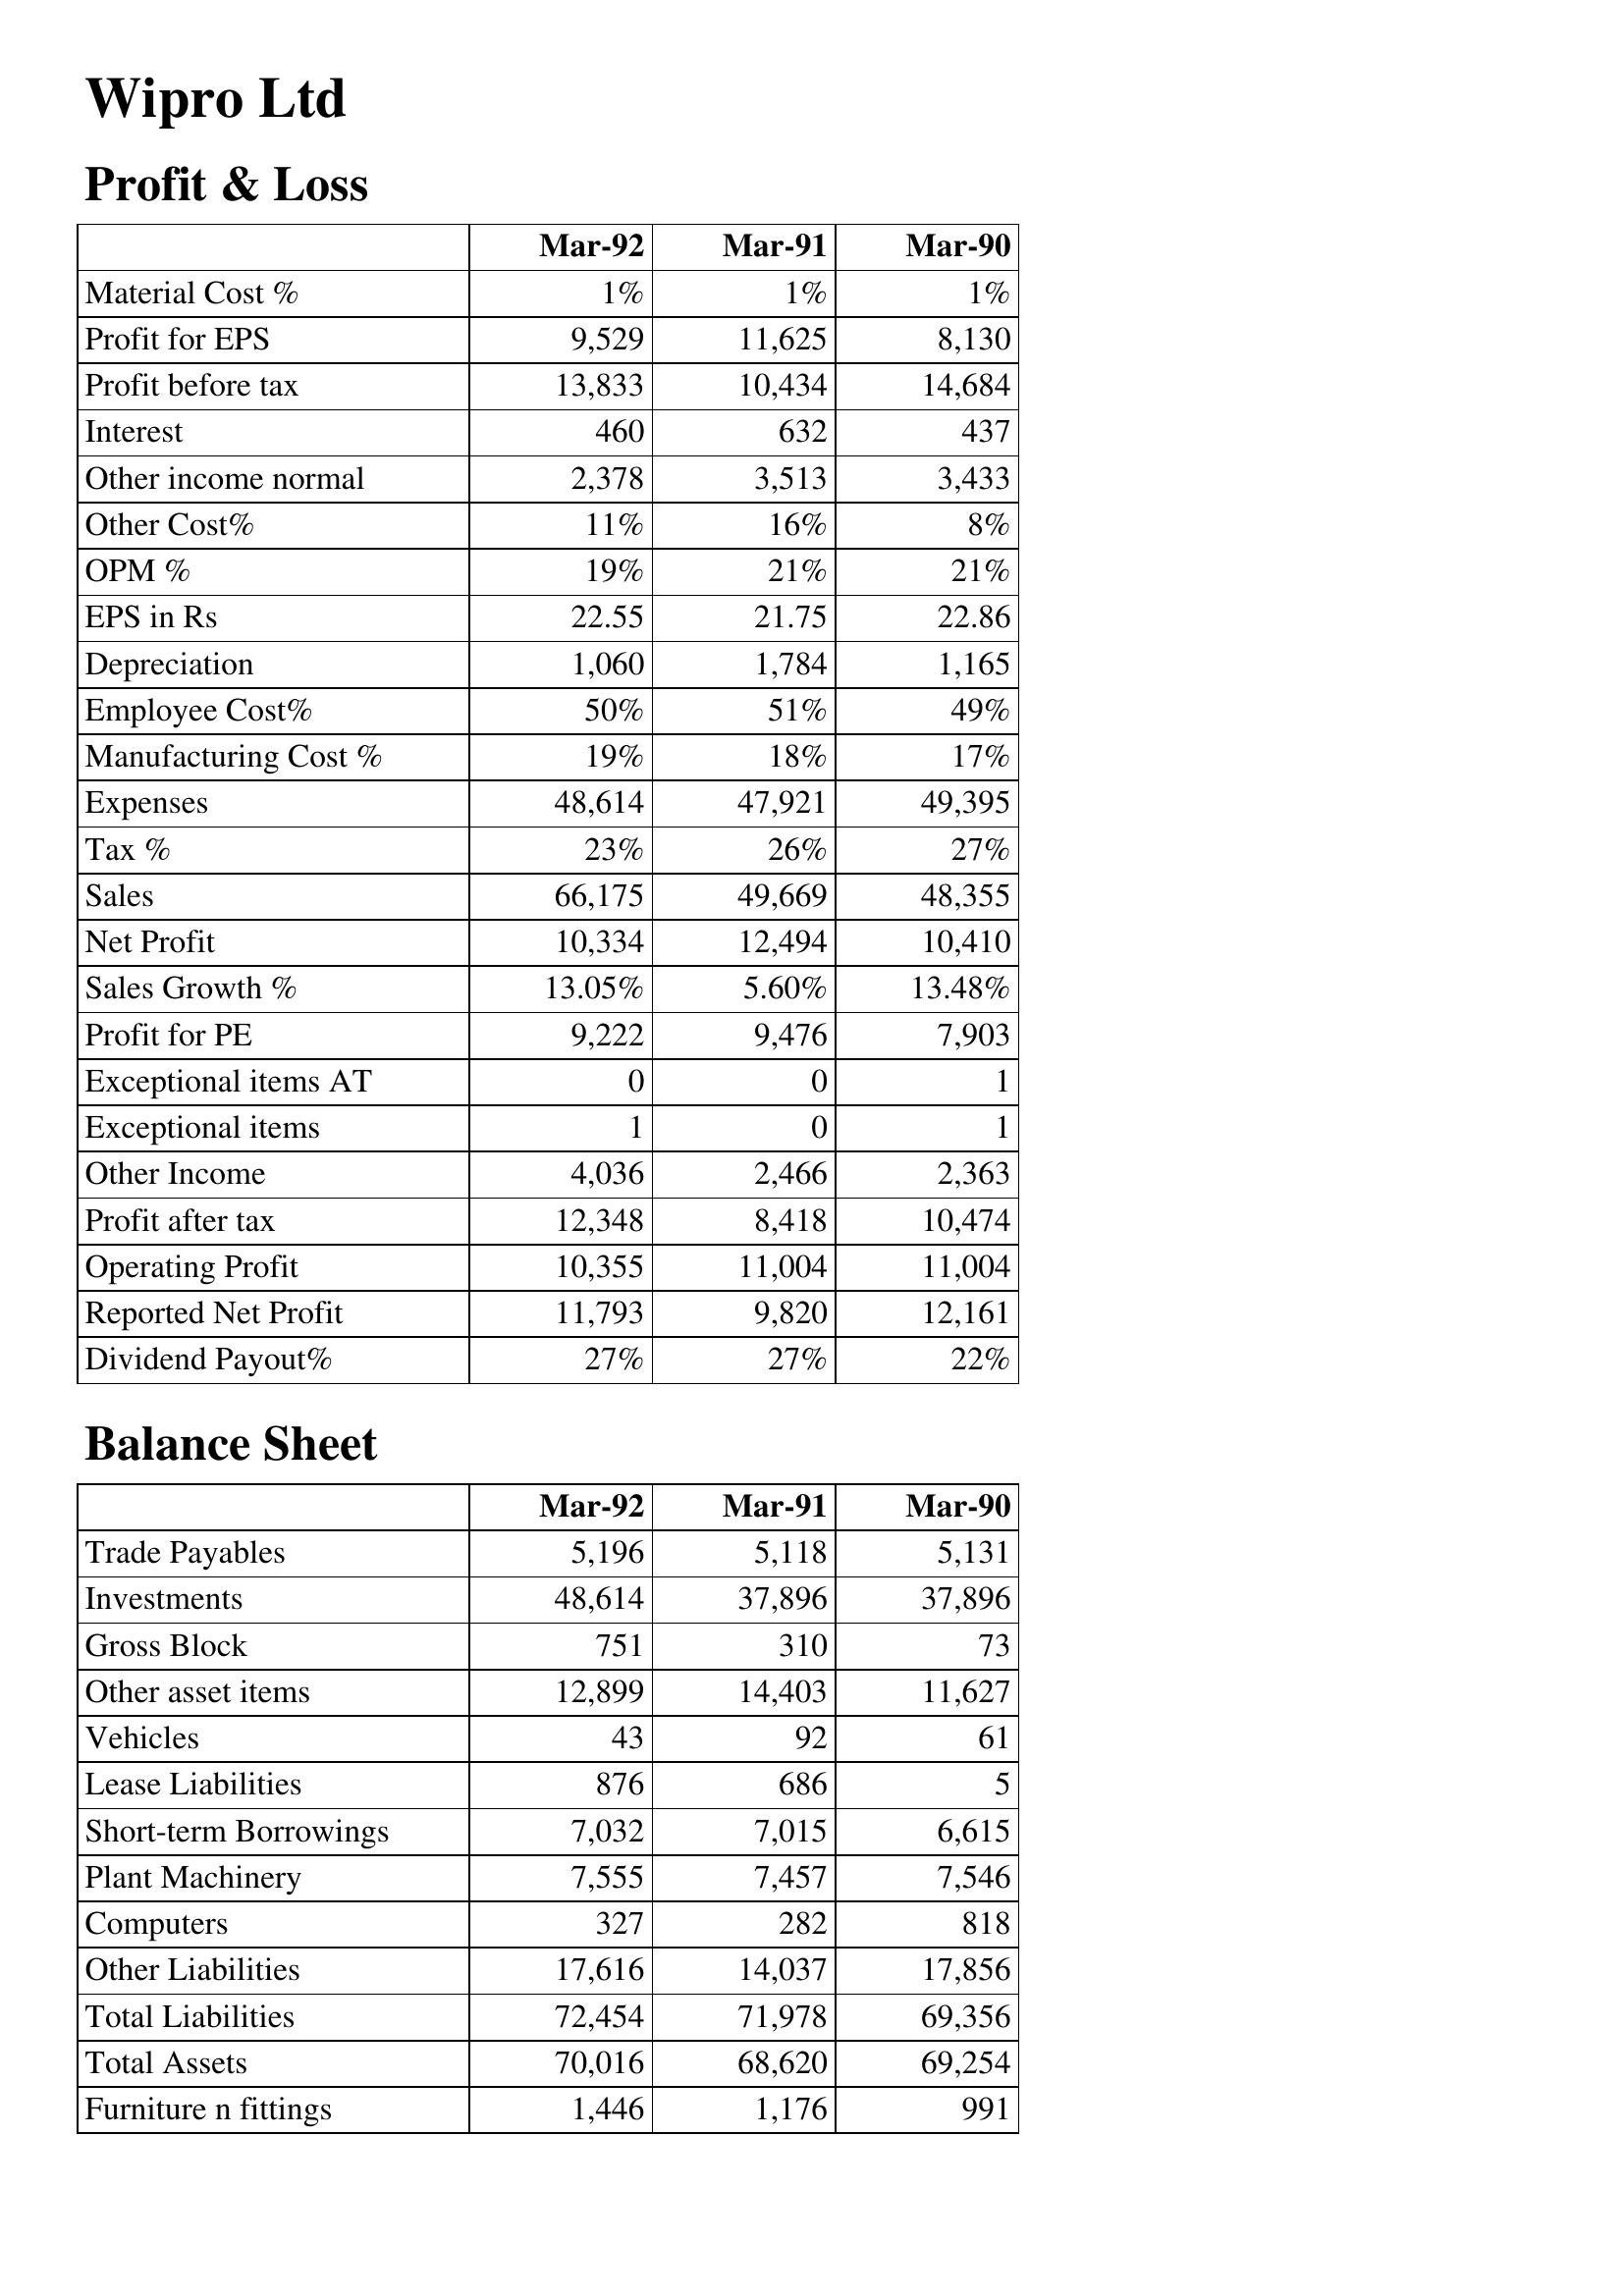
Mar-92: Profit & Loss: Material Cost %: 1%
Profit for EPS: 9,529
Profit before tax: 13,833
Interest: 460
Other income normal: 2,378
Other Cost%: 11%
OPM %: 19%
EPS in Rs: 22.55
Depreciation: 1,060
Employee Cost%: 50%
Manufacturing Cost %: 19%
Expenses: 48,614
Tax %: 23%
Sales: 66,175
Net Profit: 10,334
Sales Growth %: 13.05%
Profit for PE: 9,222
Exceptional items AT: 0
Exceptional items: 1
Other Income: 4,036
Profit after tax: 12,348
Operating Profit: 10,355
Reported Net Profit: 11,793
Dividend Payout%: 27%
Balance Sheet: Trade Payables: 5,196
Investments: 48,614
Gross Block: 751
Other asset items: 12,899
Vehicles: 43
Lease Liabilities: 876
Short-term Borrowings: 7,032
Plant Machinery: 7,555
Computers: 327
Other Liabilities: 17,616
Total Liabilities: 72,454
Total Assets: 70,016
Furniture n fittings: 1,446
Mar-91: Profit & Loss: Material Cost %: 1%
Profit for EPS: 11,625
Profit before tax: 10,434
Interest: 632
Other income normal: 3,513
Other Cost%: 16%
OPM %: 21%
EPS in Rs: 21.75
Depreciation: 1,784
Employee Cost%: 51%
Manufacturing Cost %: 18%
Expenses: 47,921
Tax %: 26%
Sales: 49,669
Net Profit: 12,494
Sales Growth %: 5.60%
Profit for PE: 9,476
Exceptional items AT: 0
Exceptional items: 0
Other Income: 2,466
Profit after tax: 8,418
Operating Profit: 11,004
Reported Net Profit: 9,820
Dividend Payout%: 27%
Balance Sheet: Trade Payables: 5,118
Investments: 37,896
Gross Block: 310
Other asset items: 14,403
Vehicles: 92
Lease Liabilities: 686
Short-term Borrowings: 7,015
Plant Machinery: 7,457
Computers: 282
Other Liabilities: 14,037
Total Liabilities: 71,978
Total Assets: 68,620
Furniture n fittings: 1,176
Mar-90: Profit & Loss: Material Cost %: 1%
Profit for EPS: 8,130
Profit before tax: 14,684
Interest: 437
Other income normal: 3,433
Other Cost%: 8%
OPM %: 21%
EPS in Rs: 22.86
Depreciation: 1,165
Employee Cost%: 49%
Manufacturing Cost %: 17%
Expenses: 49,395
Tax %: 27%
Sales: 48,355
Net Profit: 10,410
Sales Growth %: 13.48%
Profit for PE: 7,903
Exceptional items AT: 1
Exceptional items: 1
Other Income: 2,363
Profit after tax: 10,474
Operating Profit: 11,004
Reported Net Profit: 12,161
Dividend Payout%: 22%
Balance Sheet: Trade Payables: 5,131
Investments: 37,896
Gross Block: 73
Other asset items: 11,627
Vehicles: 61
Lease Liabilities: 5
Short-term Borrowings: 6,615
Plant Machinery: 7,546
Computers: 818
Other Liabilities: 17,856
Total Liabilities: 69,356
Total Assets: 69,254
Furniture n fittings: 991